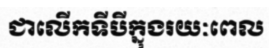
ជាលើកទីបីក្នុងរយៈពេល